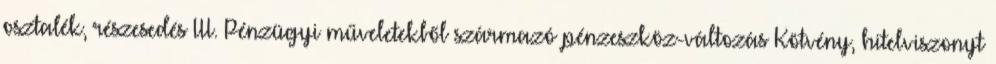
osztalék, részesedés III. Pénzügyi műveletekből származó pénzeszköz-változás Kötvény, hitelviszonyt